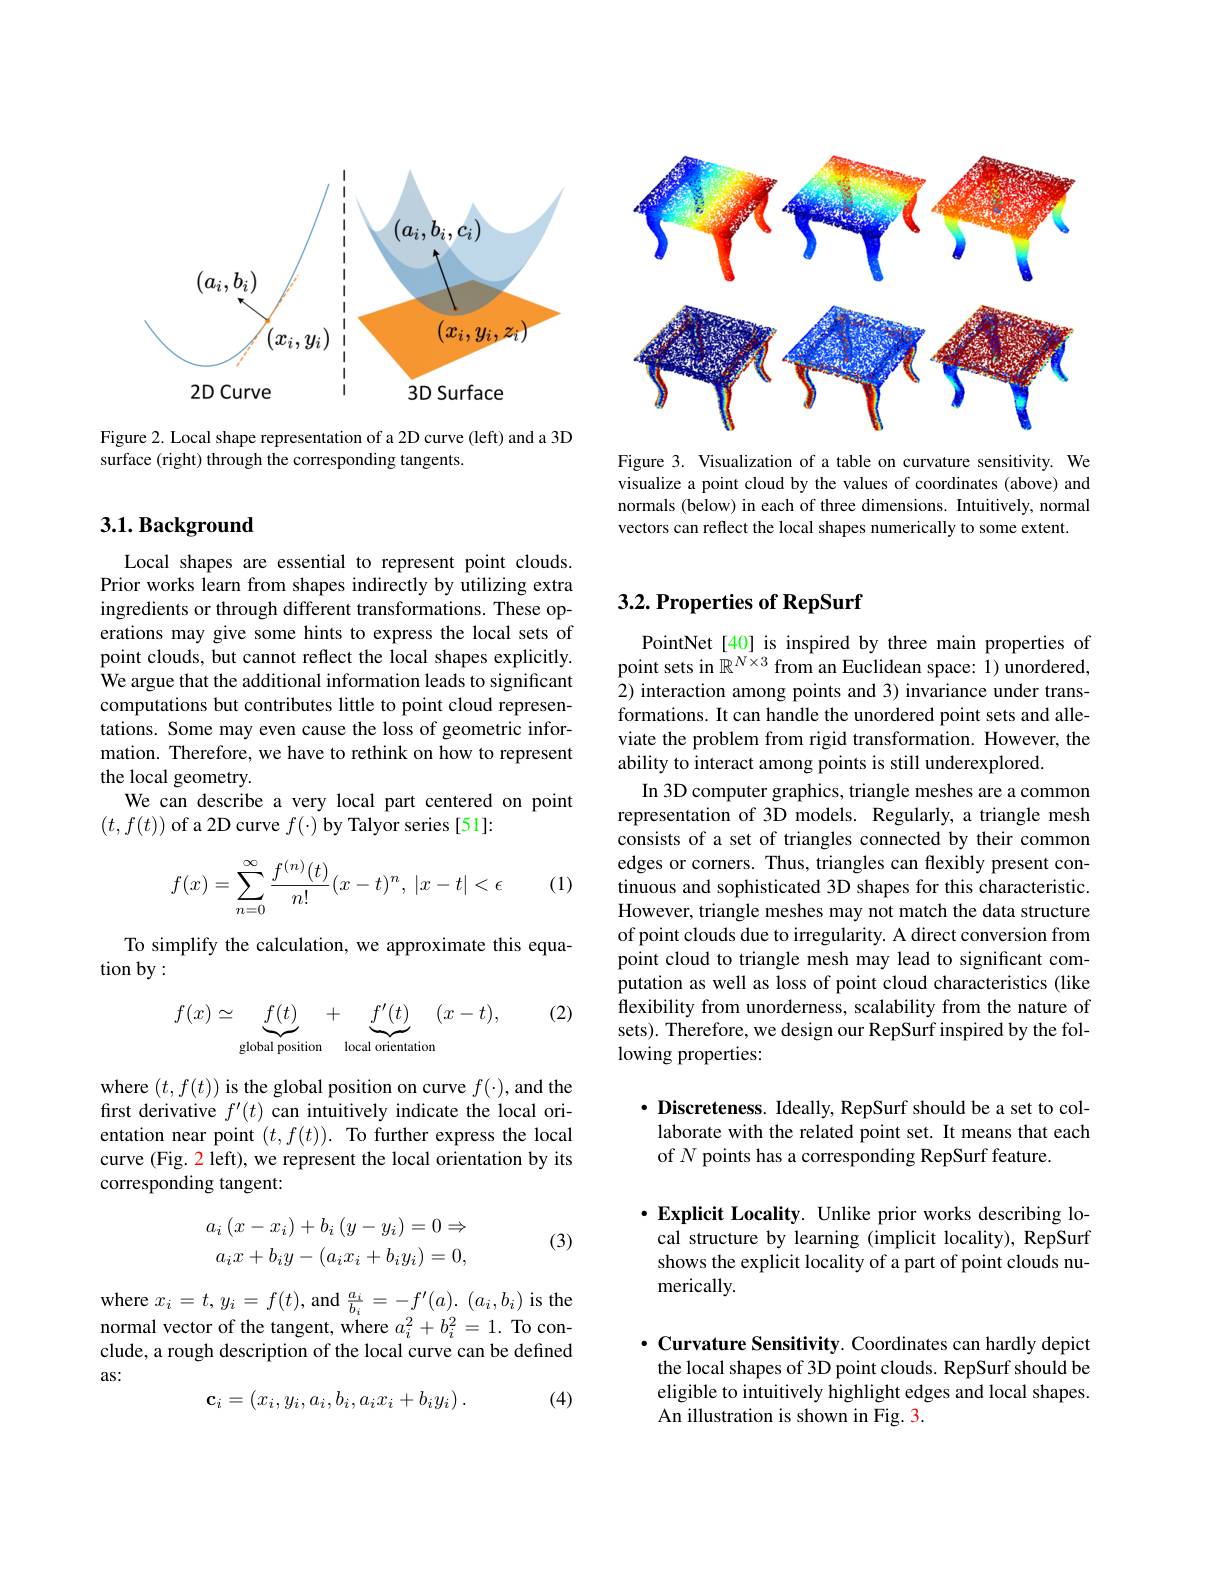
<FigureHere>

Figure 3. Visualization of a table on curvature sensitivity. We visualize a point cloud by the values of coordinates (above) and normals (below) in each of three dimensions. Intuitively, normal vectors can reflect the local shapes numerically to some extent.

<FigureHere>

Figure 2. Local shape representation of a 2D curve (left) and a 3D
surface (right) through the corresponding tangents

## $3. 1. \textbf{Background}$

Local shapes are essential to represent point clouds. Prior works learn from shapes indirectly by utilizing extra ingredients or through different transformations. These operations may give some hints to express the local sets of point clouds, but cannot reflect the local shapes explicitly. We argue that the additional information leads to significant computations but contributes little to point cloud representations. Some may even cause the loss of geometric information. Therefore, we have to rethink on how to represent the local geometry.
We can describe a very local part centered on point
$(t,f(t))$ of a 2D curve $f(\cdot)$ by Talyor series[51]:
$$\begin{aligned}f(x)=\sum_{n=0}^\infty\frac{f^{(n)}(t)}{n!}(x-t)^n,\:|x-t|<\epsilon\end{aligned}$$
(1)

To simplify the calculation, we approximate this equa-
tion by:

(2)
$$f(x)\simeq\underbrace{f(t)}_{\text{global position}}+\underbrace{f'(t)}_{\text{local orientation}}(x-t),$$
where $(t,f(t))$ is the global position on curve $f(\cdot)$, and the first derivative $f^\prime(t)$ can intuitively indicate the local orientation near point $(t,f(t)).$ To further express the local curve (Fig. 2 left), we represent the local orientation by its corresponding tangent:
$$a_{i}\left(x-x_{i}\right)+b_{i}\left(y-y_{i}\right)=0\Rightarrow\\a_{i}x+b_{i}y-(a_{i}x_{i}+b_{i}y_{i})=0,$$
(3)

where $x_i=t,y_i=f(t)$, and $\frac{a_i}{b_i}=-f^{\prime}(a).$ ($a_i,b_i)$ is the normal vector of the tangent, where $a_i^2+b_i^2=1.$ To conclude, a rough description of the local curve can be defined as:
(4)
$$\mathbf{c}_i=(x_i,y_i,a_i,b_i,a_ix_i+b_iy_i)\:.$$
## $3. 2. \textbf{Properties of RepSurf}$

PointNet[40] is inspired by three main properties of point sets in $\mathbb{R}^{N\times3}$ from an Euclidean space: 1) unordered, 2) interaction among points and 3) invariance under transformations. It can handle the unordered point sets and alleviate the problem from rigid transformation. However, the ability to interact among points is still underexplored
In 3D computer graphics, triangle meshes are a common representation of 3D models. Regularly, a triangle mesh consists of a set of triangles connected by their common edges or corners. Thus, triangles can flexibly present continuous and sophisticated 3D shapes for this characteristic However, triangle meshes may not match the data structure of point clouds due to irregularity. A direct conversion from point cloud to triangle mesh may lead to significant computation as well as loss of point cloud characteristics (like $\hat{\text{flexibility from unorderness, scalability from the nature of}}$ sets). Therefore, we design our RepSurf inspired by the following properties:

$\cdot$ Discreteness. Ideally, RepSurf should be a set to collaborate with the related point set. It means that each of $N$ points has a corresponding RepSurf feature.

$\cdot$Explicit Locality. Unlike prior works describing local structure by learning (implicit locality), RepSurf shows the explicit locality of a part of point clouds numerically.

$\cdot$ Curvature Sensitivity. Coordinates can hardly depict the local shapes of 3D point clouds. RepSurf should be eligible to intuitively highlight edges and local shapes. An illustration is shown in Fig. 3.